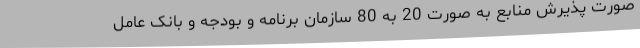
صورت پذیرش منابع به صورت 20 به 80 سازمان برنامه و بودجه و بانک عامل